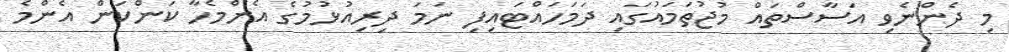
މި ދެންނެވި އަސާސްތައް މުޖުތަމައުގައި ދަމަހައްޓައިފި ނަމަ ދިރިއުޅުމުގެ އެންމެހާ ކަންކަން އެންމެ